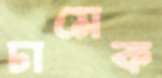
ঢামেক